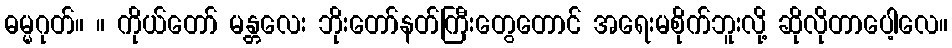
ဓမ္မဂုတ်။ ။ ကိုယ်တော် မန္တလေး ဘိုးတော်နတ်ကြီးတွေတောင် အရေးမစိုက်ဘူးလို့ ဆိုလိုတာပေါ့လေ။